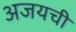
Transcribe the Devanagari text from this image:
अजयची